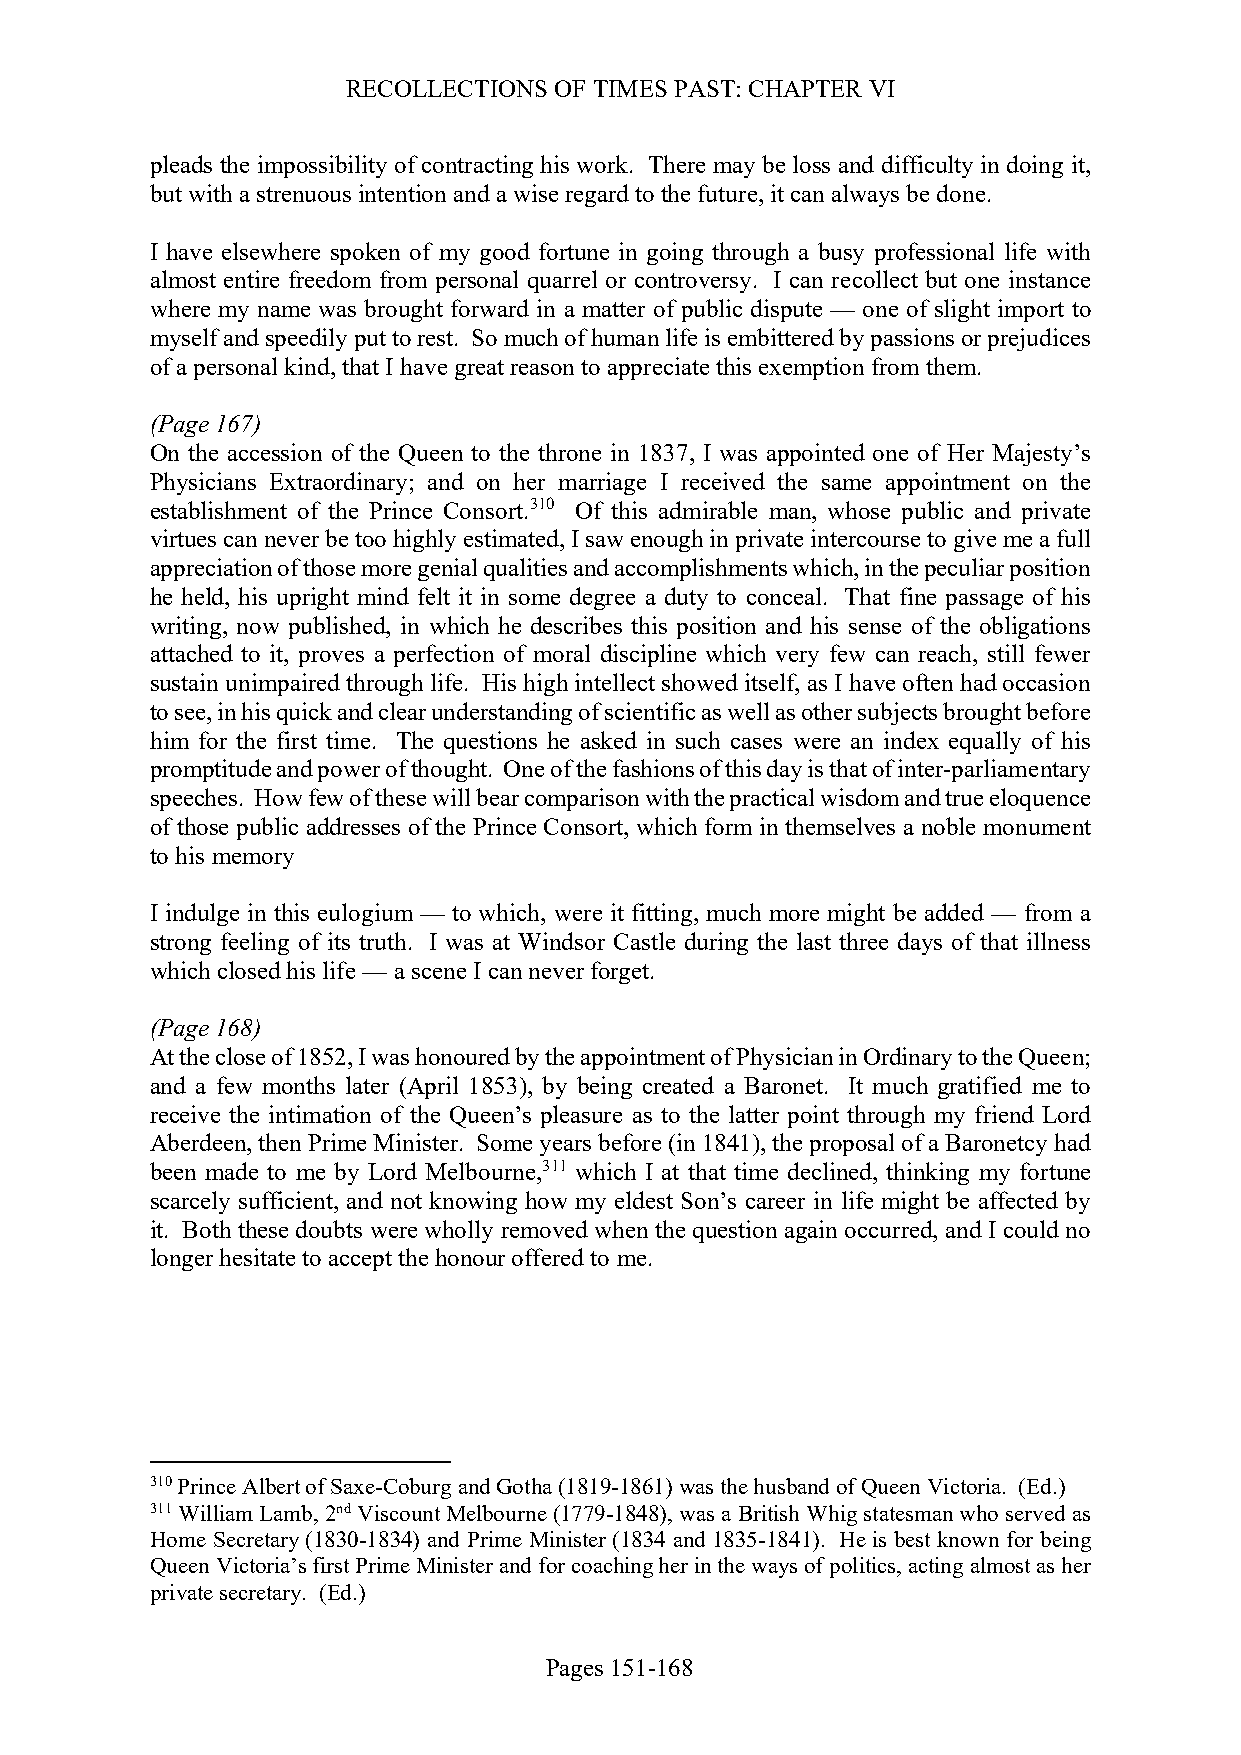
RECOLLECTIONS OF TIMES PAST: CHAPTER VI
 pleads the impossibility of contracting his work. There may be loss and difficulty in doing it,
 but with a strenuous intention and a wise regard to the future, it can always be done.
 I have elsewhere spoken of my good fortune in going through a busy professional life with
 almost entire freedom from personal quarrel or controversy. I can recollect but one instance
 where my name was brought forward in a matter of public dispute — one of slight import to
 myself and speedily put to rest. So much of human life is embittered by passions or prejudices
 of a personal kind, that I have great reason to appreciate this exemption from them.
 (Page 167)
 On the accession of the Queen to the throne in 1837, I was appointed one of Her Majesty’s
 Physicians Extraordinary; and on her marriage I received the same appointment on the
 establishment of the Prince Consort.310 Of this admirable man, whose public and private
 virtues can never be too highly estimated, I saw enough in private intercourse to give me a full
 appreciation of those more genial qualities and accomplishments which, in the peculiar position
 he held, his upright mind felt it in some degree a duty to conceal. That fine passage of his
 writing, now published, in which he describes this position and his sense of the obligations
 attached to it, proves a perfection of moral discipline which very few can reach, still fewer
 sustain unimpaired through life. His high intellect showed itself, as I have often had occasion
 to see, in his quick and clear understanding of scientific as well as other subjects brought before
 him for the first time. The questions he asked in such cases were an index equally of his
 promptitude and power of thought. One of the fashions of this day is that of inter-parliamentary
 speeches. How few of these will bear comparison with the practical wisdom and true eloquence
 of those public addresses of the Prince Consort, which form in themselves a noble monument
 to his memory
 I indulge in this eulogium — to which, were it fitting, much more might be added — from a
 strong feeling of its truth. I was at Windsor Castle during the last three days of that illness
 which closed his life — a scene I can never forget.
 (Page 168)
 At the close of 1852, I was honoured by the appointment of Physician in Ordinary to the Queen;
 and a few months later (April 1853), by being created a Baronet. It much gratified me to
 receive the intimation of the Queen’s pleasure as to the latter point through my friend Lord
 Aberdeen, then Prime Minister. Some years before (in 1841), the proposal of a Baronetcy had
 been made to me by Lord Melbourne,311 which I at that time declined, thinking my fortune
 scarcely sufficient, and not knowing how my eldest Son’s career in life might be affected by
 it. Both these doubts were wholly removed when the question again occurred, and I could no
 longer hesitate to accept the honour offered to me.
 310 Prince Albert of Saxe-Coburg and Gotha (1819-1861) was the husband of Queen Victoria. (Ed.)
 311 William Lamb, 2nd Viscount Melbourne (1779-1848), was a British Whig statesman who served as
 Home Secretary (1830-1834) and Prime Minister (1834 and 1835-1841). He is best known for being
 Queen Victoria’s first Prime Minister and for coaching her in the ways of politics, acting almost as her
 private secretary. (Ed.)
 Pages 151-168